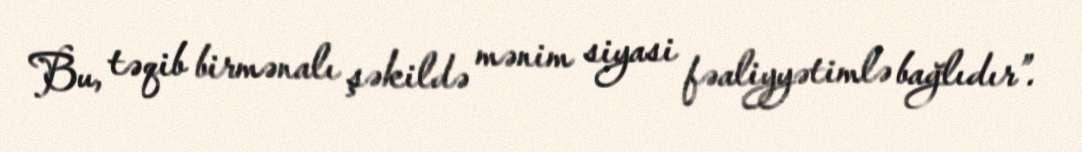
Bu, təqib birmənalı şəkildə mənim siyasi fəaliyyətimlə bağlıdır”.